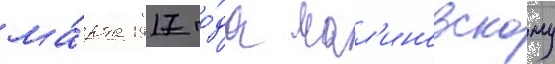
ма́рта 1917 го́да мал'иновскому